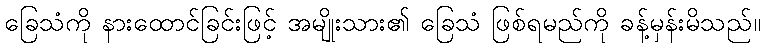
ခြေသံကို နားထောင်ခြင်းဖြင့် အမျိုးသား၏ ခြေသံ ဖြစ်ရမည်ကို ခန့်မှန်းမိသည်။